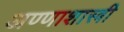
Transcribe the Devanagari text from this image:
अण्णाशास्त्री